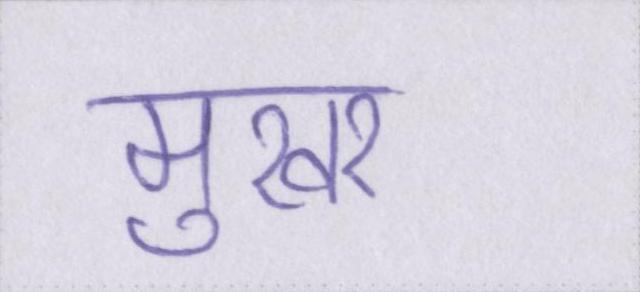
मुखर